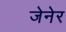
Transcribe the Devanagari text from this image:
जेनेर